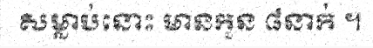
សម្លាប់នោះ មានកូន ៨នាក់ ។